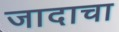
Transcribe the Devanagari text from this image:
जादाचा